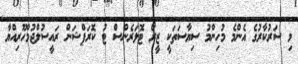
މި ސަރުކާރުގެ އެންމެ މުހިންމު ސިޔާސަތަކީ ޒީރޯ ޓޮލަރެންސް ޓު ކޮރަޕްޝަން ރައީސުލްޖުމްހޫރިއްޔާ